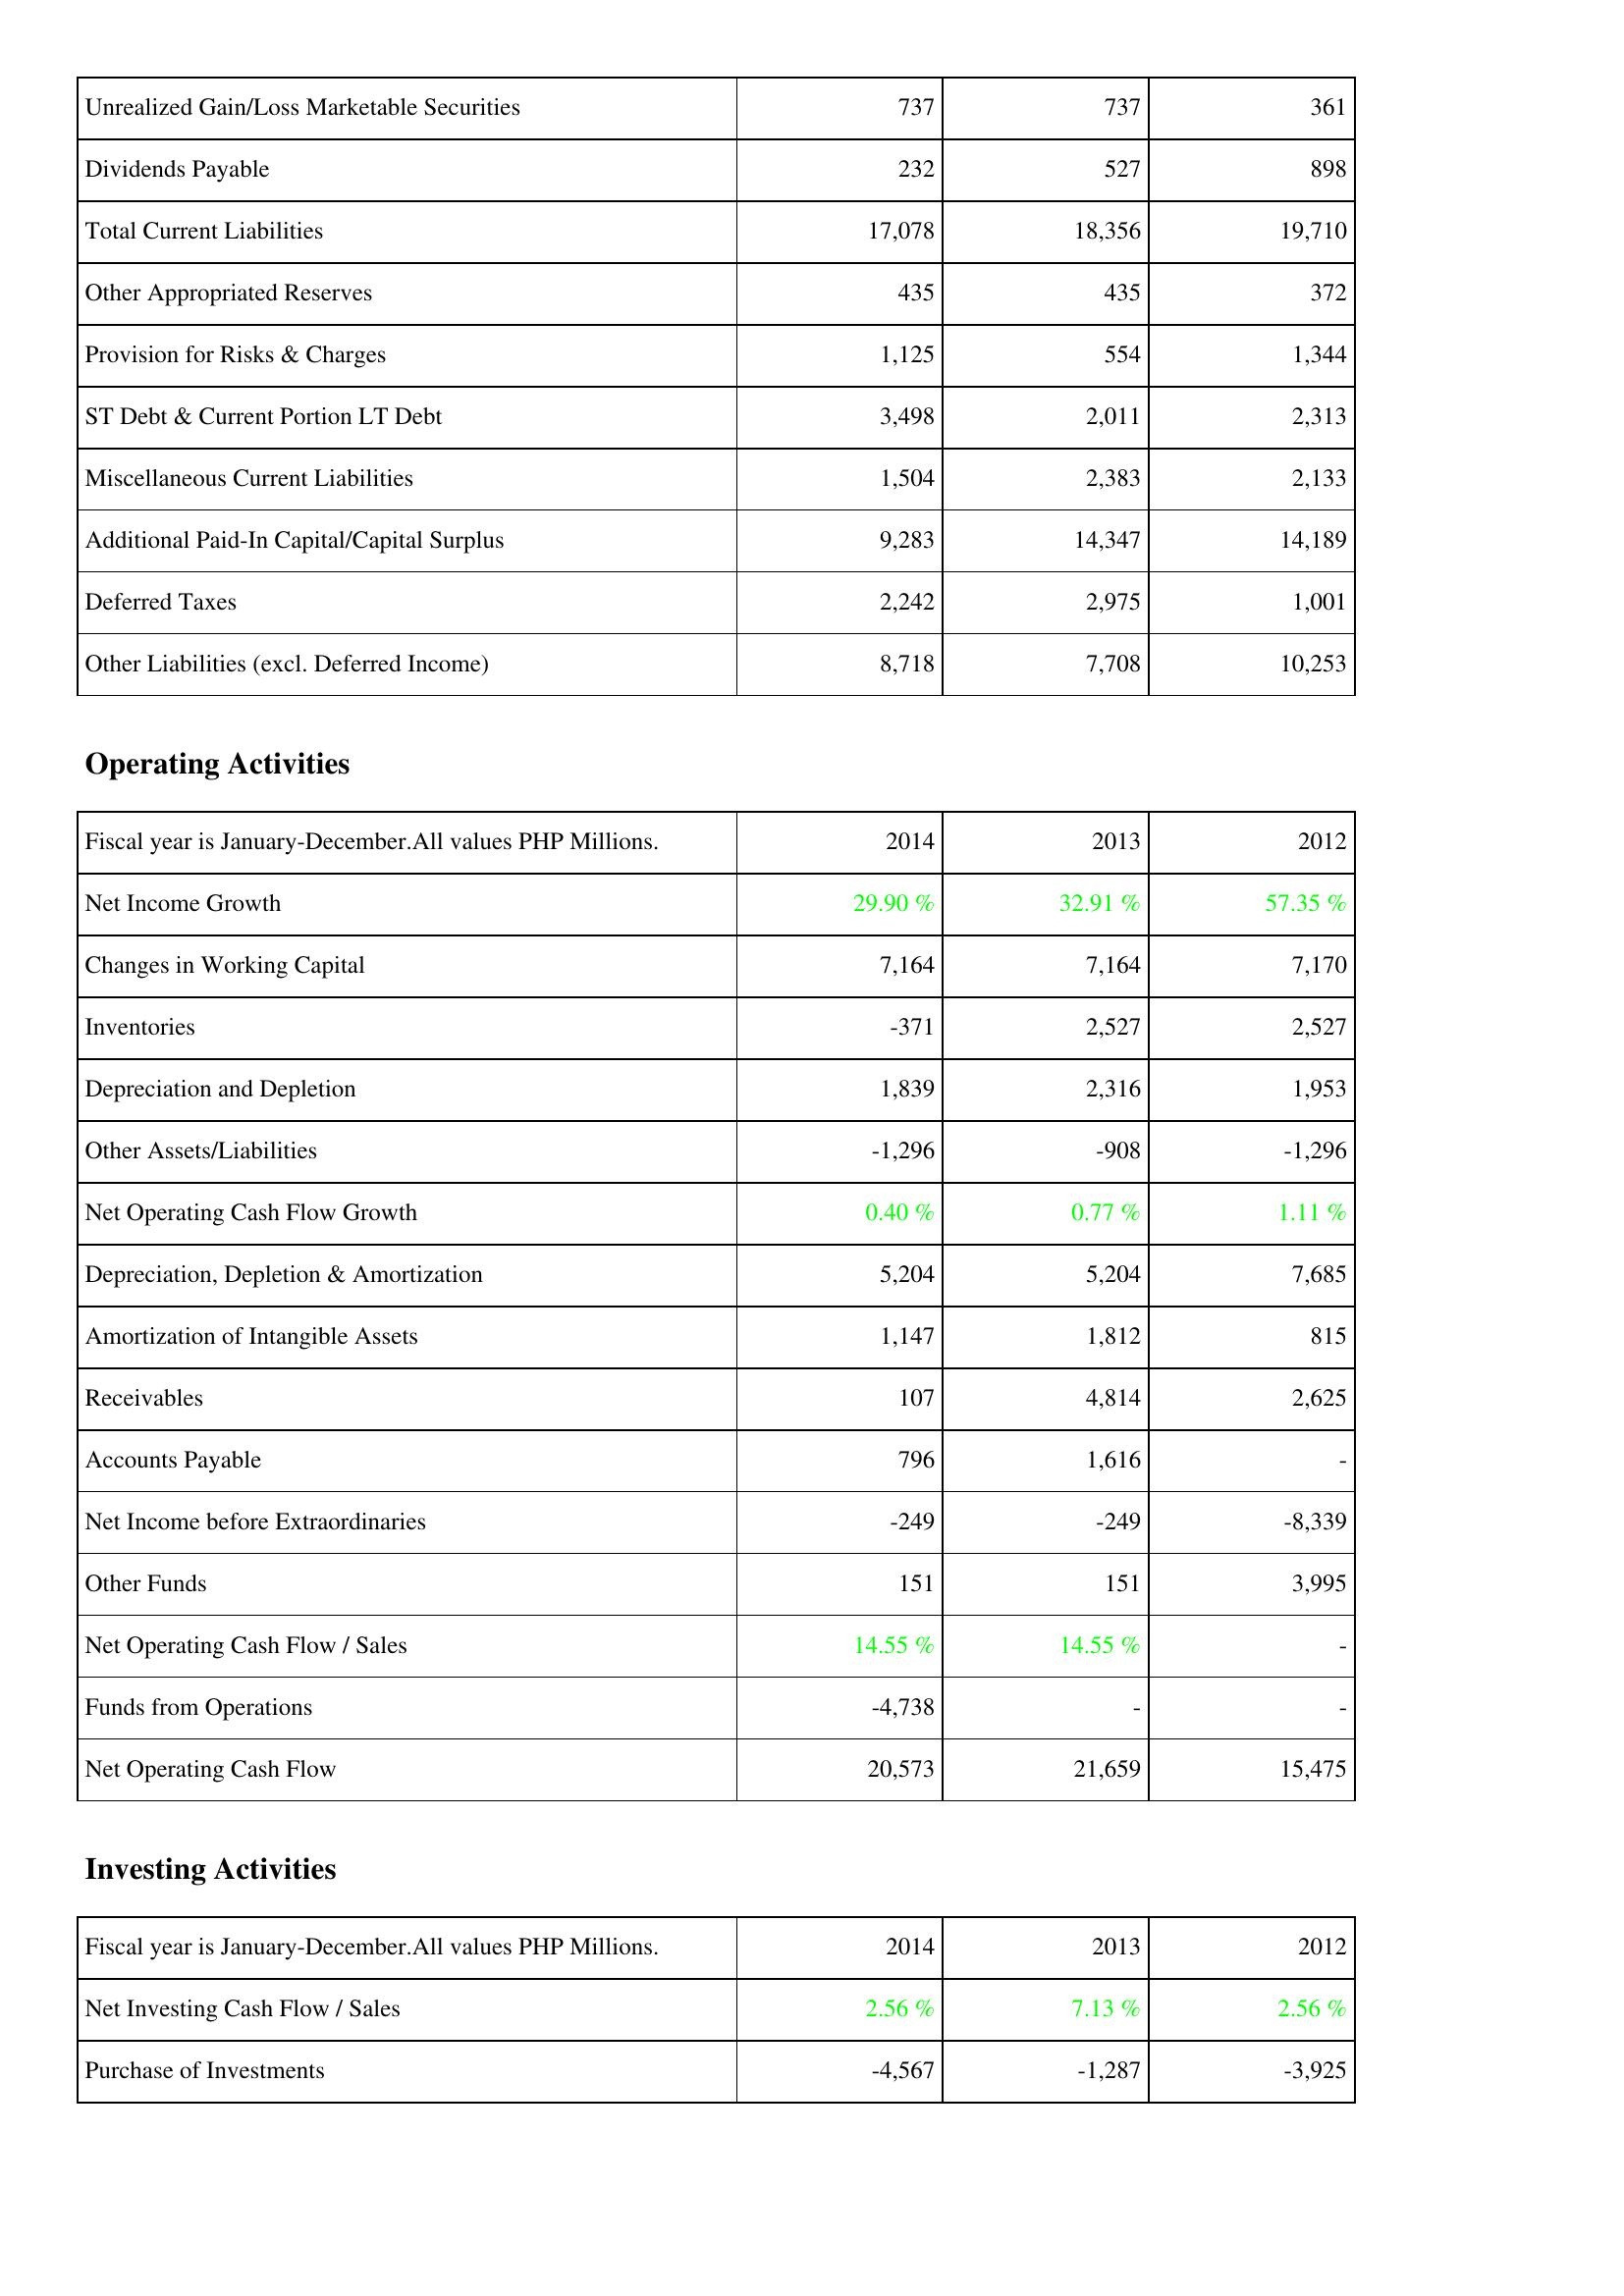
2014: Liabilities & Shareholders' Equity: Unrealized Gain/Loss Marketable Securities: 737
Dividends Payable: 232
Total Current Liabilities: 17,078
Other Appropriated Reserves: 435
Provision for Risks & Charges: 1,125
ST Debt & Current Portion LT Debt: 3,498
Miscellaneous Current Liabilities: 1,504
Additional Paid-In Capital/Capital Surplus: 9,283
Deferred Taxes: 2,242
Other Liabilities (excl. Deferred Income): 8,718
Operating Activities: Net Income Growth: 29.90 %
Changes in Working Capital: 7,164
Inventories: -371
Depreciation and Depletion: 1,839
Other Assets/Liabilities: -1,296
Net Operating Cash Flow Growth: 0.40 %
Depreciation, Depletion & Amortization: 5,204
Amortization of Intangible Assets: 1,147
Receivables: 107
Accounts Payable: 796
Net Income before Extraordinaries: -249
Other Funds: 151
Net Operating Cash Flow / Sales: 14.55 %
Funds from Operations: -4,738
Net Operating Cash Flow: 20,573
Investing Activities: Net Investing Cash Flow / Sales: 2.56 %
Purchase of Investments: -4,567
2013: Liabilities & Shareholders' Equity: Unrealized Gain/Loss Marketable Securities: 737
Dividends Payable: 527
Total Current Liabilities: 18,356
Other Appropriated Reserves: 435
Provision for Risks & Charges: 554
ST Debt & Current Portion LT Debt: 2,011
Miscellaneous Current Liabilities: 2,383
Additional Paid-In Capital/Capital Surplus: 14,347
Deferred Taxes: 2,975
Other Liabilities (excl. Deferred Income): 7,708
Operating Activities: Net Income Growth: 32.91 %
Changes in Working Capital: 7,164
Inventories: 2,527
Depreciation and Depletion: 2,316
Other Assets/Liabilities: -908
Net Operating Cash Flow Growth: 0.77 %
Depreciation, Depletion & Amortization: 5,204
Amortization of Intangible Assets: 1,812
Receivables: 4,814
Accounts Payable: 1,616
Net Income before Extraordinaries: -249
Other Funds: 151
Net Operating Cash Flow / Sales: 14.55 %
Funds from Operations: -
Net Operating Cash Flow: 21,659
Investing Activities: Net Investing Cash Flow / Sales: 7.13 %
Purchase of Investments: -1,287
2012: Liabilities & Shareholders' Equity: Unrealized Gain/Loss Marketable Securities: 361
Dividends Payable: 898
Total Current Liabilities: 19,710
Other Appropriated Reserves: 372
Provision for Risks & Charges: 1,344
ST Debt & Current Portion LT Debt: 2,313
Miscellaneous Current Liabilities: 2,133
Additional Paid-In Capital/Capital Surplus: 14,189
Deferred Taxes: 1,001
Other Liabilities (excl. Deferred Income): 10,253
Operating Activities: Net Income Growth: 57.35 %
Changes in Working Capital: 7,170
Inventories: 2,527
Depreciation and Depletion: 1,953
Other Assets/Liabilities: -1,296
Net Operating Cash Flow Growth: 1.11 %
Depreciation, Depletion & Amortization: 7,685
Amortization of Intangible Assets: 815
Receivables: 2,625
Accounts Payable: -
Net Income before Extraordinaries: -8,339
Other Funds: 3,995
Net Operating Cash Flow / Sales: -
Funds from Operations: -
Net Operating Cash Flow: 15,475
Investing Activities: Net Investing Cash Flow / Sales: 2.56 %
Purchase of Investments: -3,925